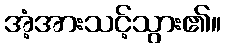
အံ့အားသင့်သွား၏။